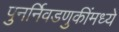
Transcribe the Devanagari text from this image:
पुनर्निवडणुकींमध्ये